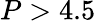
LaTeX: P>4.5